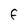
Character: F